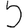
Digit: 5